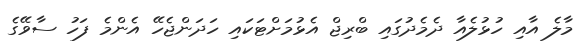
މާލެ އާއި ހުޅުލެއާ ދެމެދުގައި ބްރިޖް އެޅުމަށްޓަކައި ހަދަންޖެހޭ އެންމެ ފަހު ސާވޭގެ